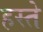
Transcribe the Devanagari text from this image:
हस्‍ते